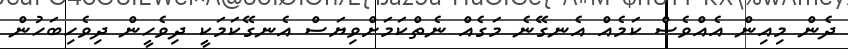
ދެން މިއިން އެއްވެސް ކަމެއް އެނގޭނެ މަގެއް ނެތްކަމަށްވިޔަސް އެނގޭކަމަކީ ދިވެހީން ދިވެހިބަހުން